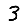
Digit: 3